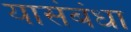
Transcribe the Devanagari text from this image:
यासंबंधा